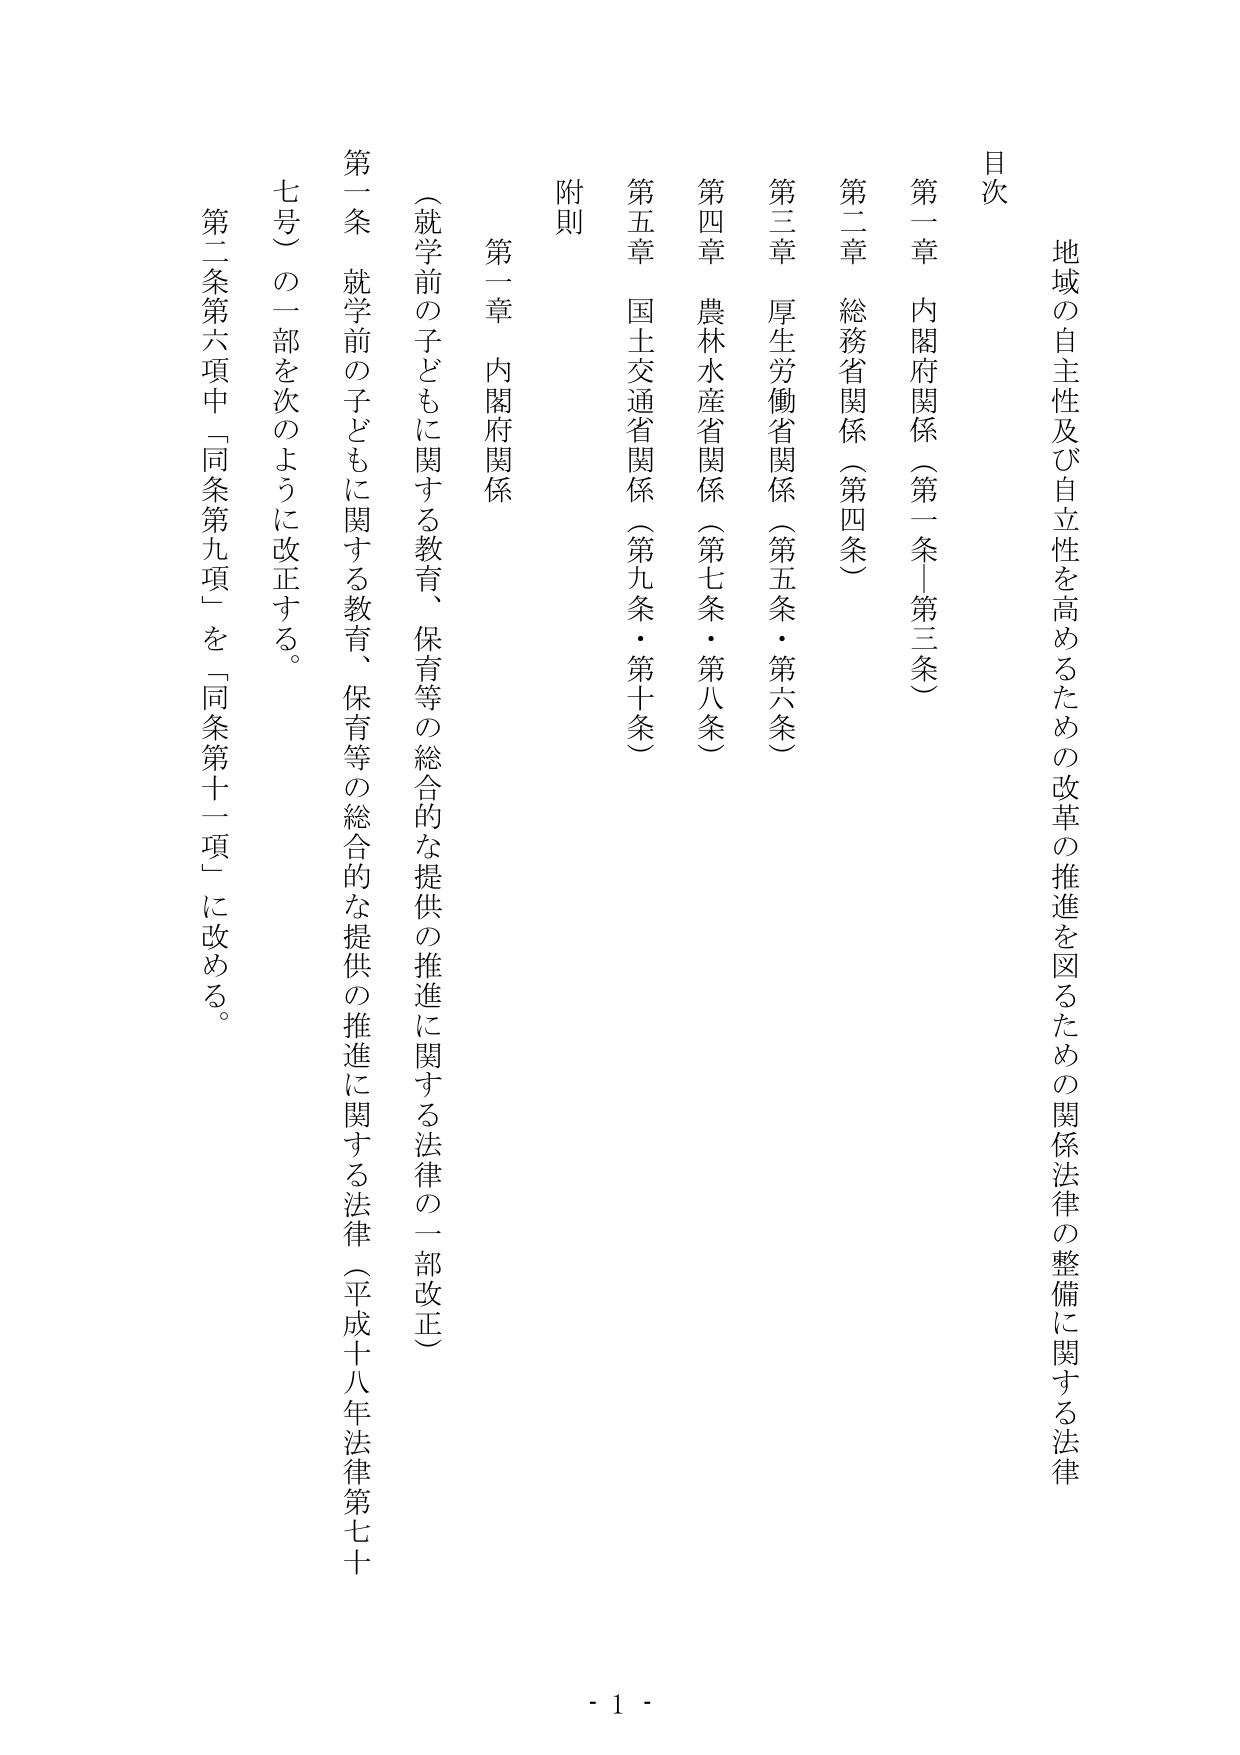
地域の自主性及び自立性を高めるための改革の推進を図るための関係法律の整備に関する法律

目次

第一章 内閣府関係（第一条－第三条）
第二章 総務省関係（第四条）
第三章 厚生労働省関係（第五条・第六条）
第四章 農林水産省関係（第七条・第八条）
第五章 国土交通省関係（第九条・第十条）
附則

第一章 内閣府関係

（就学前の子どもに関する教育、保育等の総合的な提供の推進に関する法律の一部改正）

第一条 就学前の子どもに関する教育、保育等の総合的な提供の推進に関する法律（平成十八年法律第七十
七号）の一部を次のように改正する。

第二条第六項中「同条第九項」を「同条第十一項」に改める。

- 1 -